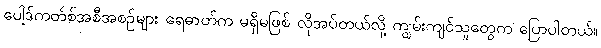
ပေါ့ဒ်ကတ်စ်အစီအစဉ်များ ရေဓာတ်က မရှိမဖြစ် လိုအပ်တယ်လို့ ကျွမ်းကျင်သူတွေက ပြောပါတယ်။